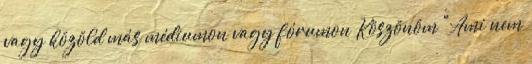
vagy közöld más médiumon vagy fórumon Köszönöm "Ami nem